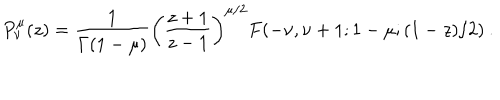
P _ { \nu } ^ { \mu } ( z ) = \frac { 1 } { \Gamma ( 1 - \mu ) } \left( \frac { z + 1 } { z - 1 } \right) ^ { \mu / 2 } F ( - \nu , \nu + 1 ; 1 - \mu ; ( 1 - z ) / 2 ) \: . \nonumber